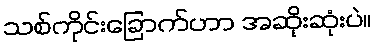
သစ်ကိုင်းခြောက်ဟာ အဆိုးဆုံးပဲ။